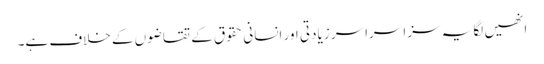
انھیں لگا یہ سزا سراسر زیادتی اور انسانی حقوق کے تقاضوں کے خلاف ہے۔